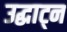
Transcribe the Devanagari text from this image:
उद्घाट्न